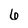
Character: 6